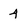
Character: 4